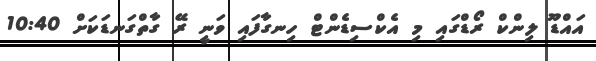
އައްޑޫ ލިންކް ރޯޑްގައި މި އެކްސިޑެންޓް ހިނގާފައި ވަނީ ރޭ ގާތްގަނޑަކަށް 10:40